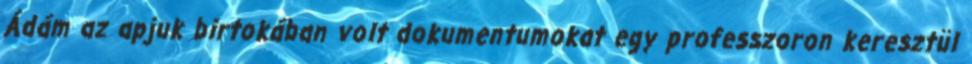
Ádám az apjuk birtokában volt dokumentumokat egy professzoron keresztül